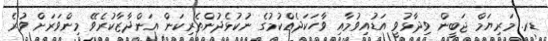
ޑރ. މަރިޔަމް ޖަބީން ވިދާޅުވީ އަޑުއިވުމާއި ވާހަކަދެއްކުމުގެ ނުކުޅެދުންތެރިކަން އަންދާޒާކުރެވޭ މިންވަރަށް ވުރެ